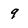
Character: 9